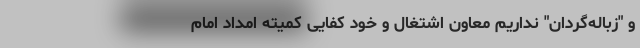
و "زباله‌گردان" نداریم معاون اشتغال و خود کفایی کمیته امداد امام